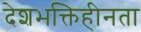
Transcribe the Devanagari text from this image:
देशभक्तिहीनता